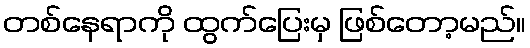
တစ်နေရာကို ထွက်ပြေးမှ ဖြစ်တော့မည်။